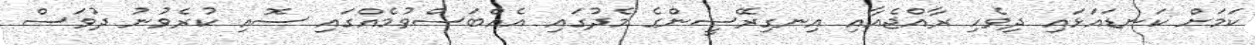
ކަމަށް ކަނޑައަޅައި ދިވެހި ރާއްޖެއާއި އިނގިރޭސީންގެ މެދުގައި އެއްބަސްވުމެއްގައި ސޮއި ކުރެވުނު ދުވަސް